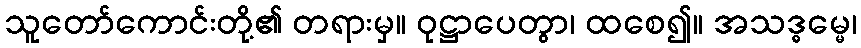
သူတော်ကောင်းတို့၏ တရားမှ။ ဝုဋ္ဌာပေတွာ၊ ထစေ၍။ အသဒ္ဓမ္မေ၊